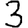
Digit: 3